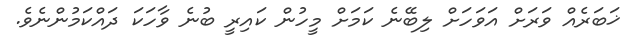
ޚަބަރެއް ވަރަށް އަވަހަށް ލިބޭނެ ކަމަށް މީހުން ކައިރީ ބުނެ ވާހަކަ ދައްކަމުންނެވެ.